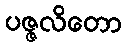
ပဇ္ဇလိတော